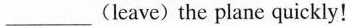
___(leave)the plane quickly!